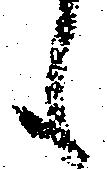
も